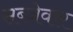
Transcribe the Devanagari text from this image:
सब्ज़ेवार